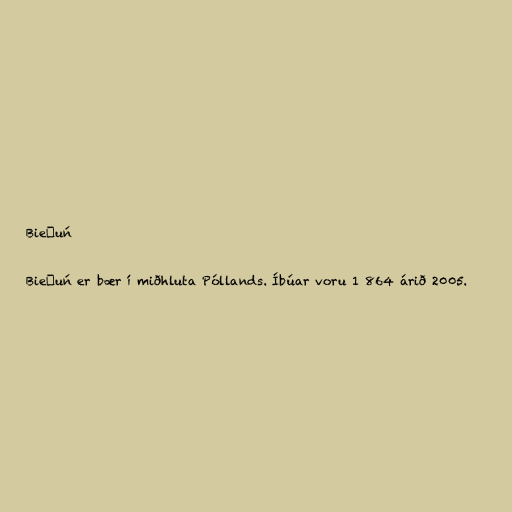
Bieżuń

Bieżuń er bær í miðhluta Póllands. Íbúar voru 1 864 árið 2005.